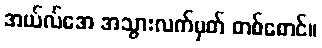
အယ်လ်အေ အသွားလက်မှတ် တစ်စောင်။